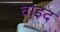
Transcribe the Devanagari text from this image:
वाइद